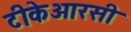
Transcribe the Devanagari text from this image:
टीकेआरसी